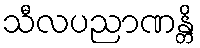
သီလပညာဏန္တိ